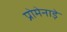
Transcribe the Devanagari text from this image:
प्रोमेनाड़े